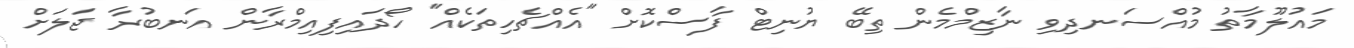
މައުލޫމާތު މުއްސަނދިވި ނާޒިމްމެން ތިބޭ ޔުނިޓް ފާސްކޮށް "އެއްޗެހިތަކެއް" ހޯދައިފިއިމްރާން އަނބުރާ ޖަލަށް